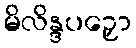
မိလိန္ဒပဉှော